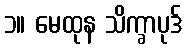
၁။ မေထုန သိက္ခာပုဒ်